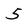
Character: 5